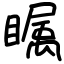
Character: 瞩